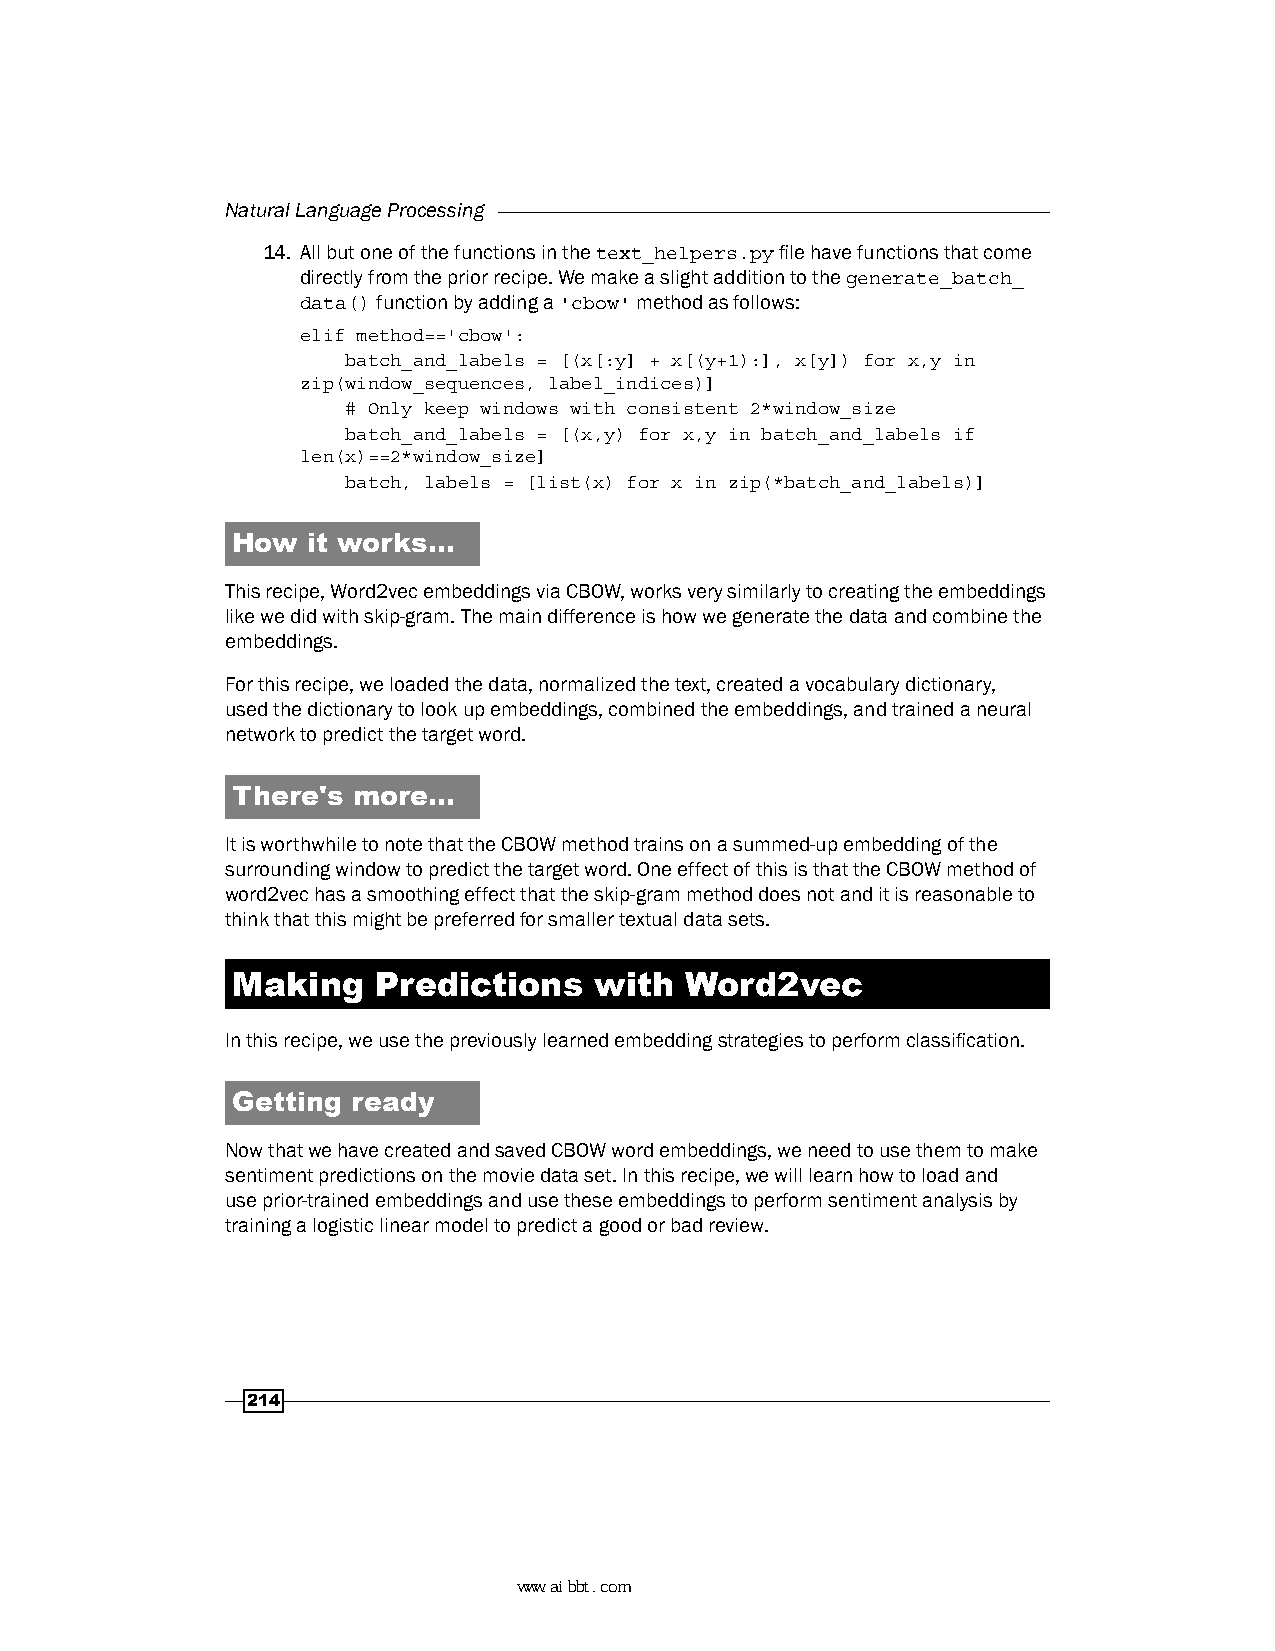
Natural Language Processing
 14. All but one of the functions in the text_helpers.py file have functions that come
 directly from the prior recipe. We make a slight addition to the generate_batch_
 data() function by adding a 'cbow' method as follows:
 elif method=='cbow':
 batch_and_labels = [(x[:y] + x[(y+1):], x[y]) for x,y in
 zip(window_sequences, label_indices)]
 # Only keep windows with consistent 2*window_size
 batch_and_labels = [(x,y) for x,y in batch_and_labels if
 len(x)==2*window_size]
 batch, labels = [list(x) for x in zip(*batch_and_labels)]
 How  it works…
 This recipe, Word2vec embeddings via CBOW, works very similarly to creating the embeddings
 like we did with skip-gram. The main difference is how we generate the data and combine the
 embeddings.
 For this recipe, we loaded the data, normalized the text, created a vocabulary dictionary,
 used the dictionary to look up embeddings, combined the embeddings, and trained a neural
 network to predict the target word.
 There's more…
 It is worthwhile to note that the CBOW method trains on a summed-up embedding of the
 surrounding window to predict the target word. One effect of this is that the CBOW method of
 word2vec has a smoothing effect that the skip-gram method does not and it is reasonable to
 think that this might be preferred for smaller textual data sets.
 Making    Predictions   with  Word2vec
 In this recipe, we use the previously learned embedding strategies to perform classification.
 Getting ready
 Now that we have created and saved CBOW word embeddings, we need to use them to make
 sentiment predictions on the movie data set. In this recipe, we will learn how to load and
 use prior-trained embeddings and use these embeddings to perform sentiment analysis by
 training a logistic linear model to predict a good or bad review.
 214
 www.aibbt.com 让未来触手可及